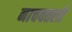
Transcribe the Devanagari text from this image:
नाचवतली